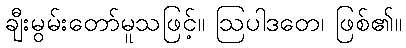
ချီးမွမ်းတော်မူသဖြင့်။ ဩပါဒတေ၊ ဖြစ်၏။